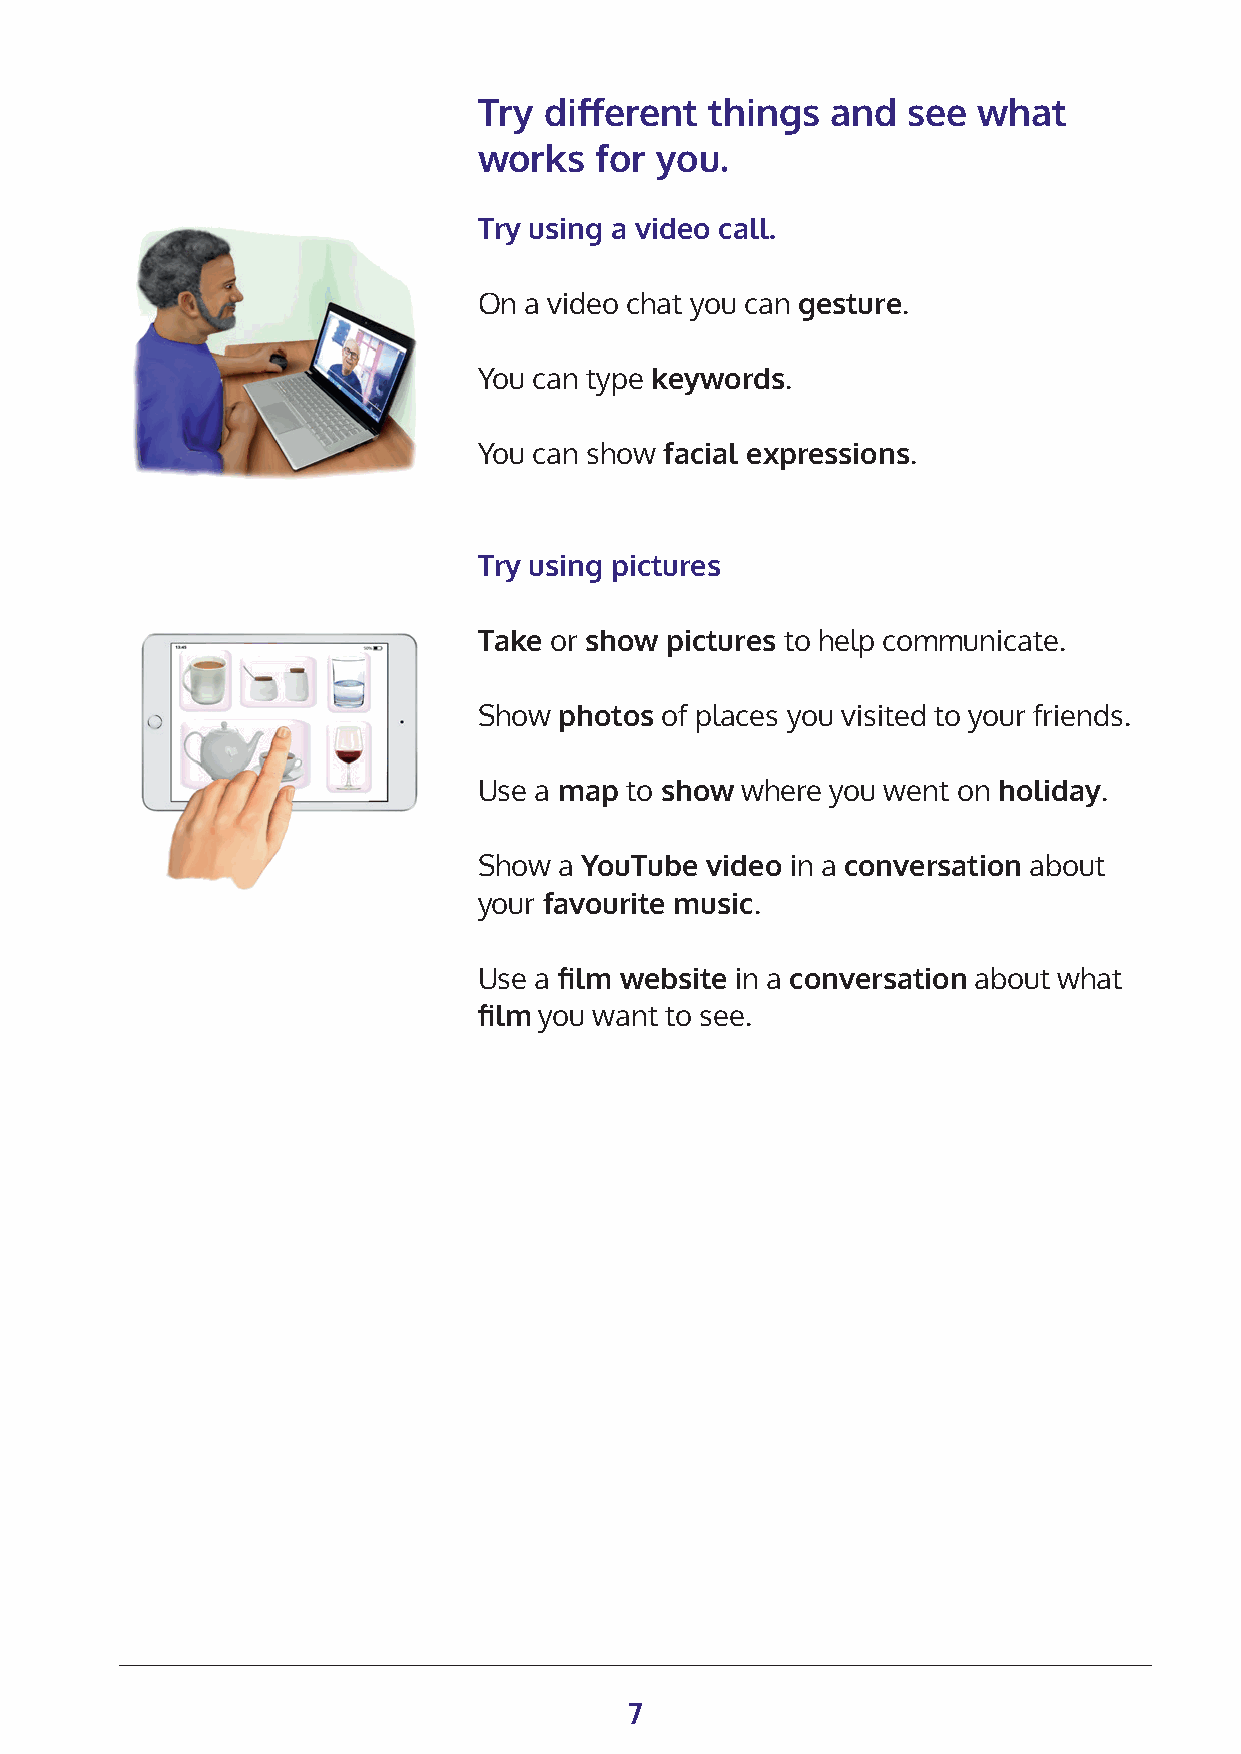
Try different  things  and  see  what
 works  for you.
 Try using a video call.
 On a video chat you can gesture.
 You can type keywords.
 You can show facial expressions.
 Try using pictures
 Take or show pictures to help communicate.
 Show photos of places you visited to your friends.
 Use a map to show where you went on holiday.
 Show a YouTube video in a conversation about
 your favourite music.
 Use a film website in a conversation about what
 film you want to see.
 7